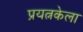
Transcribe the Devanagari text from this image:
प्रयत्नकेला